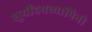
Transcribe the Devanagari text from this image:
सूर्योदयव्यापिनी